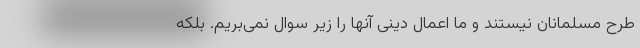
طرح مسلمانان نیستند و ما اعمال دینی آنها را زیر سوال نمی‌بریم. بلکه